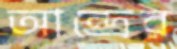
আন্দ্রের